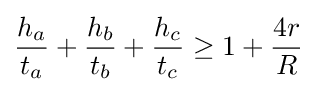
{\frac {h_{a}}{t_{a}}}+{\frac {h_{b}}{t_{b}}}+{\frac {h_{c}}{t_{c}}}\geq 1+{\frac {4r}{R}}